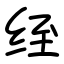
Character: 绖